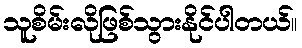
သူစိမ်းလိုဖြစ်သွားနိုင်ပါတယ်။